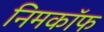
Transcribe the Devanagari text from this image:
निमकॉफ